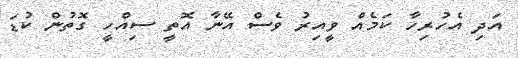
އަދި އެހުރިހާ ކަމެއް ވީއިރު ވެސް އޭނާ އޮތީ ސިއްހީ ގޮތުން ކުޑަ